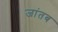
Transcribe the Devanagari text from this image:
जांतब